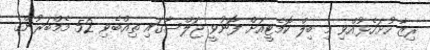
ރިޒާ ހުށަހެޅުއްވި މި ބިލް ކޮމެޓީއަށް ފޮނުވީ ޖަލްސާގައި ތިއްބެވި 52 މެމްބަރުންގެ